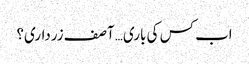
اب کس کی باری… آصف زرداری؟